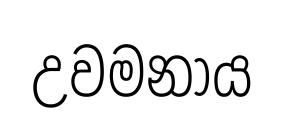
උවමනාය